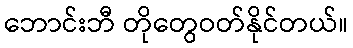
ဘောင်းဘီ တိုတွေဝတ်နိုင်တယ်။